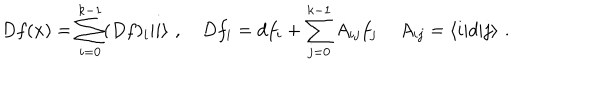
D f ( x ) = \sum _ { i = 0 } ^ { k - 1 } ( D f ) _ { i } | i \rangle \, \, , \quad D f _ { i } = d f _ { i } + \sum _ { j = 0 } ^ { k - 1 } A _ { i j } f _ { j } \, \quad A _ { i j } = \langle i | d | j \rangle \, \, .